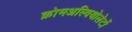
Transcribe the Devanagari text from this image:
क्रोमअल्वियोलेटों